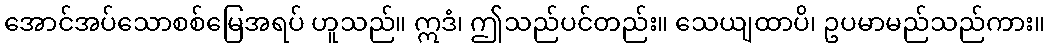
အောင်အပ်သောစစ်မြေအရပ် ဟူသည်။ ဣဒံ၊ ဤသည်ပင်တည်း။ သေယျထာပိ၊ ဥပမာမည်သည်ကား။